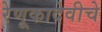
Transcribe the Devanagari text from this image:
रेणूकादेवीचे